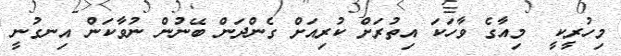
މިހުރީކީ  މިއާގެ ވާހަކަ އިތުރަށް ކުރިއަށް ގެންދަން ބޭނުން ނުވާކަން އިނގުނީ